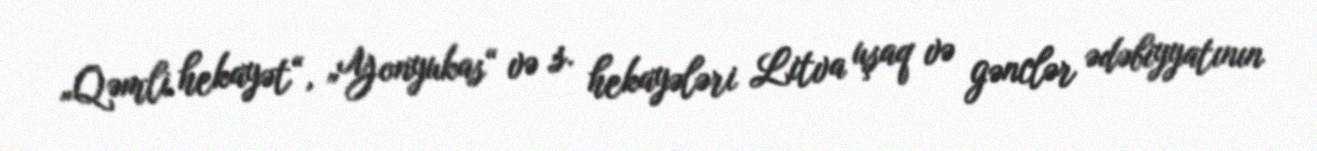
„Qəmli hekayət“, „Yonyukas“ və s. hekayələri Litva uşaq və gənclər ədəbiyyatının